Indian Civil Veterinary Department memoirs
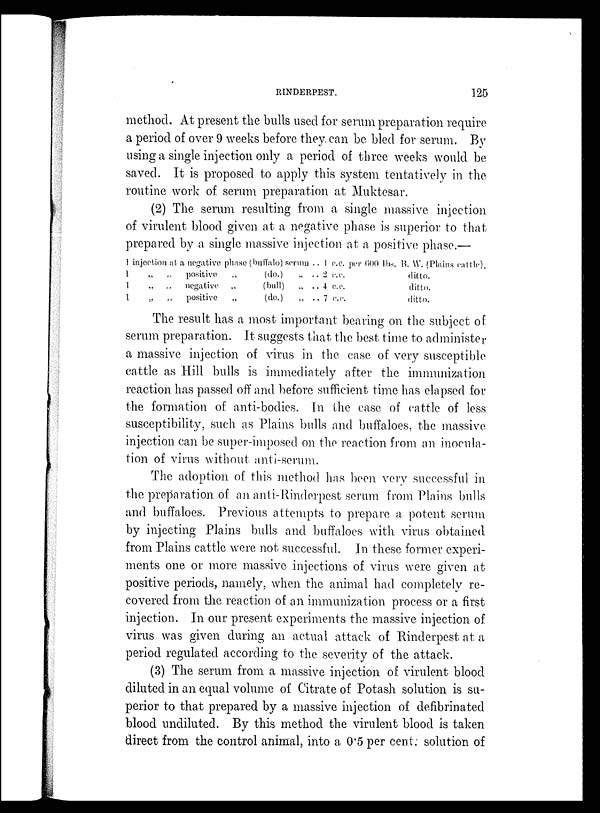
RINDERPEST.
125
method. At present the bulls used for serum preparation require
a period of over 9 weeks before they, can be bled for serum. By
using a single injection only a period of three weeks would be
saved. It is proposed to apply this system tentatively in the
routine work of serum preparation at Muktesar.
(2) The serum resulting from a single massive injection
of virulent blood given at a negative phase is superior to that
prepared by a single massive injection at a positive phase.—
1 injection at a negative phase (buffalo) serum .. 1 c.c.
1
„
„
positive
„
(do.)
„ .. 2 c.c.
1
„
„
negative „
(bull)
„ .. 4 c.c.
1
„
„
positive
„
(do.)
„ .. 7 c.c.
per 600 lbs. B. W. (Plains cattle).
ditto.
ditto.
ditto.
The result has a most important bearing on the subject of
serum preparation. It suggests that the best time to administer
a massive injection of virus in the case of very susceptible
cattle as Hill bulls is immediately after the immunization
reaction has passed off and before sufficient time has elapsed for
the formation of anti-bodies. In the case of cattle of less
susceptibility, such as Plains bulls and buffaloes, the massive
injection can be super-imposed on the reaction from an inocula-
tion of virus without anti-serum.
The adoption of this method has been very successful in
the preparation of an anti-Rinderpest serum from Plains bulls
and buffaloes. Previous attempts to prepare a potent serum
by injecting Plains bulls and buffaloes with virus obtained
from Plains cattle were not successful. In these former experi-
ments one or more massive injections of virus were given at
positive periods, namely, when the animal had completely re-
covered from the reaction of an immunization process or a first
injection. In our present experiments the massive injection of
virus was given during an actual attack of Rinderpest at a
period regulated according to the severity of the attack.
(3) The serum from a massive injection of virulent blood
diluted in an equal volume of Citrate of Potash solution is su-
perior to that prepared by a massive injection of defibrinated
blood undiluted. By this method the virulent blood is taken
direct from the control animal, into a 0.5 per cent. solution of